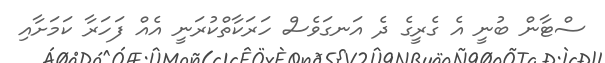
ސްޓާން ބުނީ އެ ގެރީގެ ދެ އަނގަވެސް ހަރަކާތްކުރަނީ އެއް ފަހަރާ ކަމަށާއި